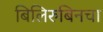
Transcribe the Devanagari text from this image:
बिलिरुबिनचा